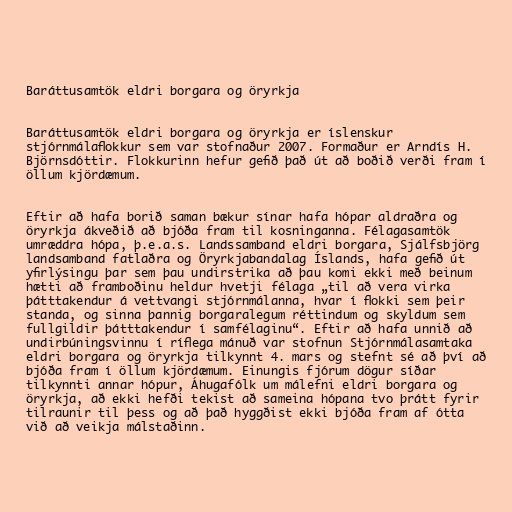
Baráttusamtök eldri borgara og öryrkja

Baráttusamtök eldri borgara og öryrkja er íslenskur
stjórnmálaflokkur sem var stofnaður 2007. Formaður er Arndís H.
Björnsdóttir. Flokkurinn hefur gefið það út að boðið verði fram í
öllum kjördæmum.

Eftir að hafa borið saman bækur sínar hafa hópar aldraðra og
öryrkja ákveðið að bjóða fram til kosninganna. Félagasamtök
umræddra hópa, þ.e.a.s. Landssamband eldri borgara, Sjálfsbjörg
landsamband fatlaðra og Öryrkjabandalag Íslands, hafa gefið út
yfirlýsingu þar sem þau undirstrika að þau komi ekki með beinum
hætti að framboðinu heldur hvetji félaga „til að vera virka
þátttakendur á vettvangi stjórnmálanna, hvar í flokki sem þeir
standa, og sinna þannig borgaralegum réttindum og skyldum sem
fullgildir þátttakendur í samfélaginu“. Eftir að hafa unnið að
undirbúningsvinnu í ríflega mánuð var stofnun Stjórnmálasamtaka
eldri borgara og öryrkja tilkynnt 4. mars og stefnt sé að því að
bjóða fram í öllum kjördæmum. Einungis fjórum dögur síðar
tilkynnti annar hópur, Áhugafólk um málefni eldri borgara og
öryrkja, að ekki hefði tekist að sameina hópana tvo þrátt fyrir
tilraunir til þess og að það hyggðist ekki bjóða fram af ótta
við að veikja málstaðinn.